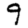
Digit: 9